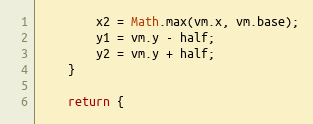
Language: JavaScript
		x2 = Math.max(vm.x, vm.base);
		y1 = vm.y - half;
		y2 = vm.y + half;
	}

	return {